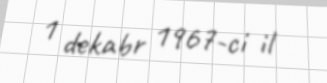
1 dekabr 1967-ci il